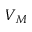
V _ { M }